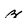
Character: z